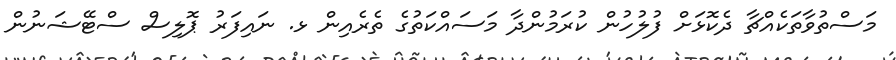
މަސްތުވާތަކެއްޗާ ދެކޮޅަށް ފުލުހުން ކުރަމުންދާ މަސައްކަތުގެ ތެރެއިން ޅ. ނައިފަރު ޕޮލިސް ސްޓޭޝަނުން